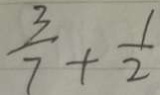
\frac { 3 } { 7 } + \frac { 1 } { 2 }